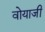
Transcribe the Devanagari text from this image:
वोयाजी